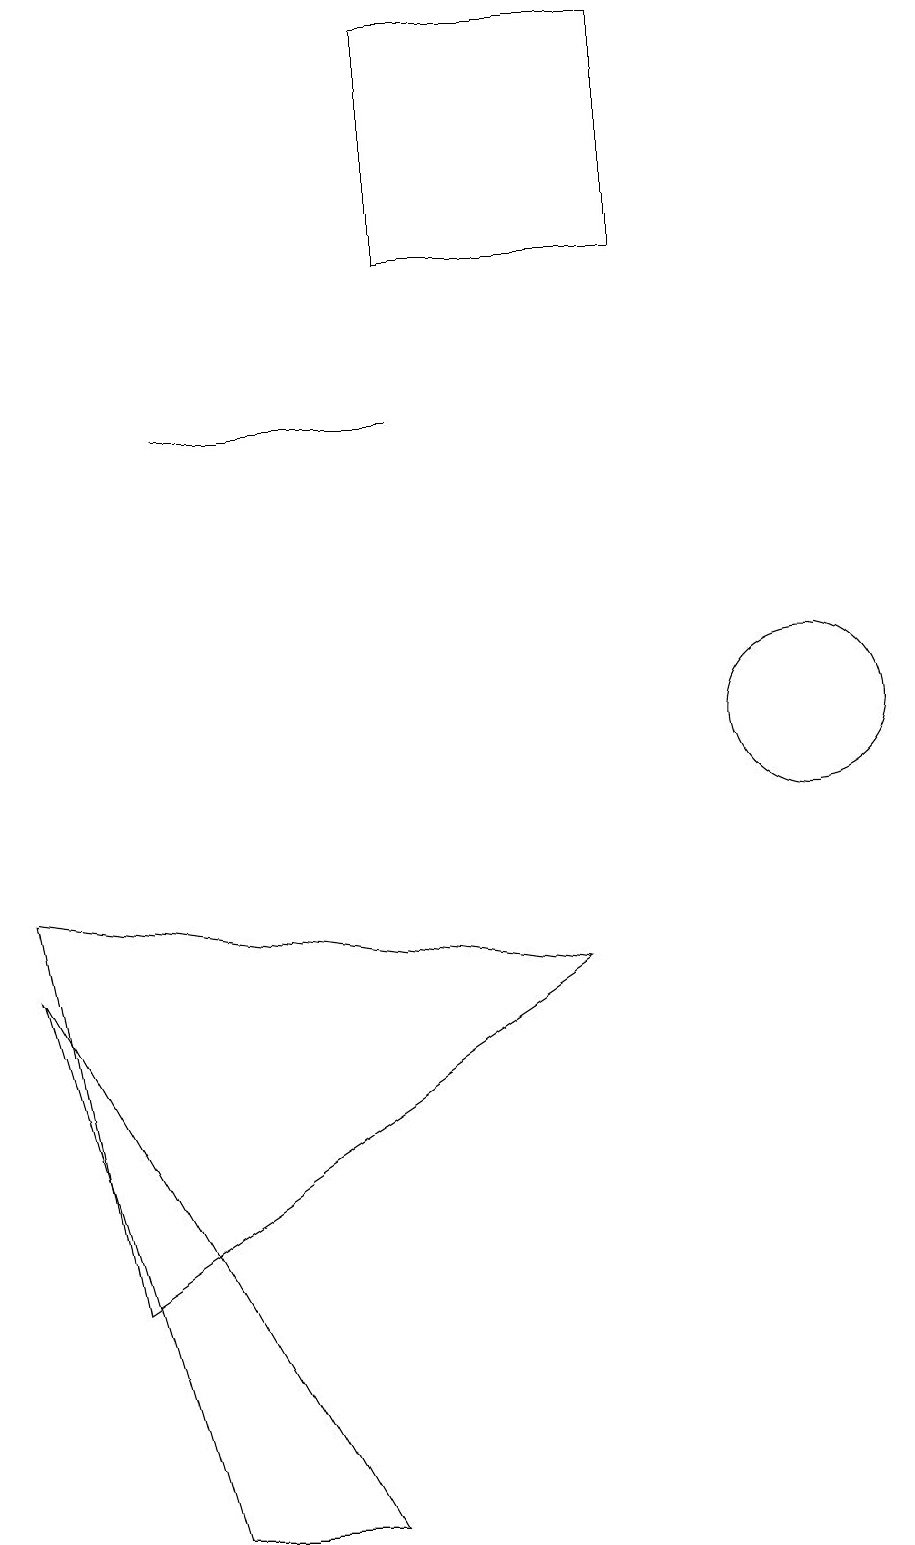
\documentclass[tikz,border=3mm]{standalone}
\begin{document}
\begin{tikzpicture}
\draw (0,8) -- (7,7) -- (1,3) -- cycle;
\draw (0,7) -- (2,0) -- (4,0) -- cycle;
\draw (2,14) rectangle (5,14);
\draw (10,10) circle (1);
\draw (8,19) rectangle (5,16);
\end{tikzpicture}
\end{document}